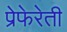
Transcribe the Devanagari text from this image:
प्रेफेरेती